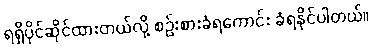
ရရှိပိုင်ဆိုင်ထားတယ်လို့ စဉ်းစားခံရကောင်း ခံရနိုင်ပါတယ်။